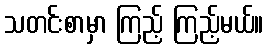
သတင်းစာမှာ ကြည့် ကြည့်မယ်။